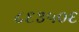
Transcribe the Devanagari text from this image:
८६३५०६